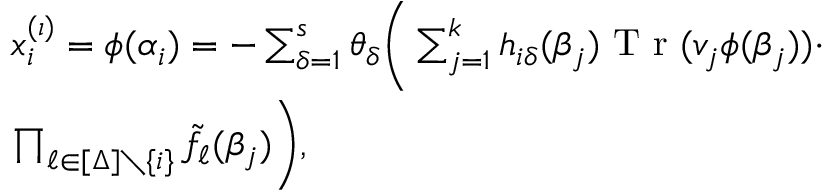
\begin{array} { r l } & { x _ { i } ^ { ( \iota ) } = \phi ( \alpha _ { i } ) = - \sum _ { \delta = 1 } ^ { s } \theta _ { \delta } \Bigg ( \sum _ { j = 1 } ^ { k } h _ { i \delta } ( \beta _ { j } ) \textrm { T r } ( v _ { j } \phi ( \beta _ { j } ) ) \cdot } \\ & { \prod _ { \ell \in [ \Delta ] \setminus \{ i \} } \tilde { f } _ { \ell } ( \beta _ { j } ) \Bigg ) , } \end{array}